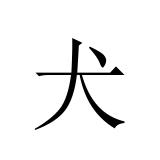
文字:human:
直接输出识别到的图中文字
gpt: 犬